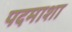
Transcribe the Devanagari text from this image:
पदमाशा